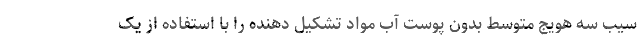
سیب سه هویج متوسط بدون پوست آب مواد تشکیل دهنده را با استفاده از یک